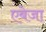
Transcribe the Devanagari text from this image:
एबेजा